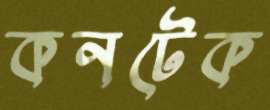
কনটেক